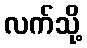
လက်သို့